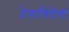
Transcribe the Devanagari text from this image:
देवाधिदेवा